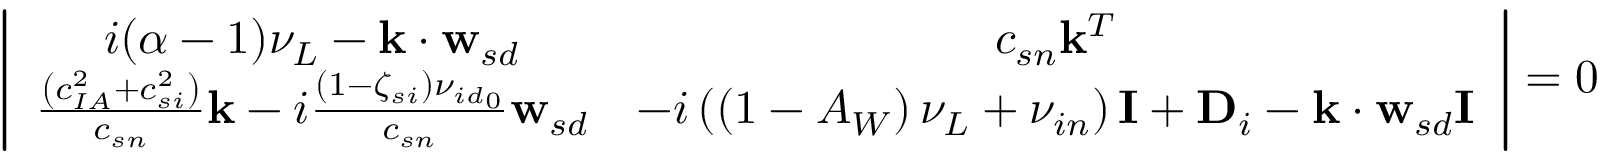
\left| \begin{array} { c c } { i ( \alpha - 1 ) \nu _ { { L } } - \mathbf { k } \cdot \mathbf { w } _ { s d } } & { c _ { { s n } } \mathbf { k } ^ { T } } \\ { \frac { \left( c _ { { I A } } ^ { 2 } + c _ { { s i } } ^ { 2 } \right) } { c _ { { s n } } } \mathbf { k } - i \frac { ( 1 - \zeta _ { s i } ) { \nu _ { i d } } _ { 0 } } { c _ { s n } } \mathbf { w } _ { s d } } & { - i \left( \left( 1 - A _ { W } \right) \nu _ { { L } } + \nu _ { { i n } } \right) \mathbf { I } + \mathbf { D } _ { i } - \mathbf { k } \cdot \mathbf { w } _ { s d } \mathbf { I } } \end{array} \right| = 0